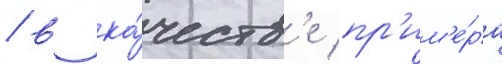
/ в ка́честв'е пр'им'е́ра